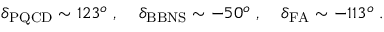
\delta _ { \mathrm { P Q C D } } \sim 1 2 3 ^ { o } \; , \; \; \; \; \delta _ { \mathrm { B B N S } } \sim - 5 0 ^ { o } \; , \; \; \; \; \delta _ { \mathrm { F A } } \sim - 1 1 3 ^ { o } \; .